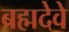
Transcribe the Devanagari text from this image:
ब्रह्मदेवे